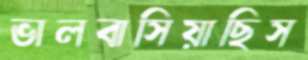
ভালবাসিয়াছিস